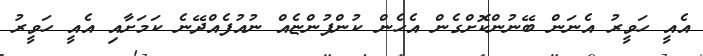
އެއީ ހަވީރު އެނަން ބޭނުންކޮށްގެން އެހެން ކުންފުންޏެއް ނުއުފެއްދޭނެ ކަމަށާއި އެއީ ހަވީރު